Leaving Certificate Examination, 1905
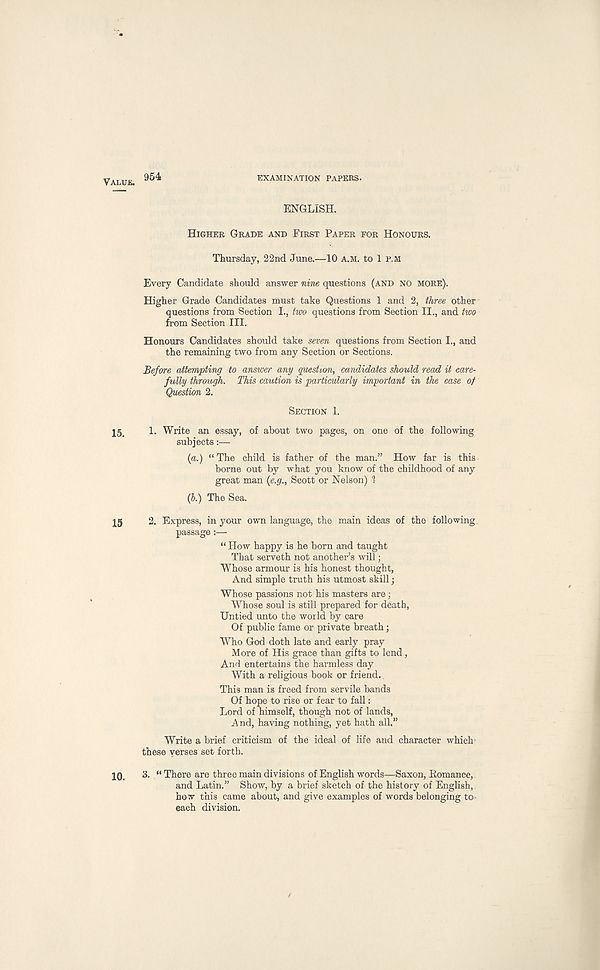
VALUE.
954
EXAMINATION PAPERS.
ENGLISH.
HIGHER GRADE AND FIRST PAPER FOR HONOURS.
Thursday, 22nd June.—10 A.M. to 1 P,M
Every Candidate should answer nine questions (AND NO MORE).
Higher Grade Candidates must take Questions 1 and 2, three other
questions from Section I., two questions from Section II., and two
from Section III.
Honours Candidates should take seven questions from Section I., and
the remaining two from any Section or Sections.
Before attempting to answer any question, candidates should read it care-
fully through. This caution is particularly important in the case of
Question 2.
SECTION 1.
15'
1. Write an essay, of about two pages, on one of the following
subjects:—
(a.) “The child is father of the man.” How far is this
borne out by what you know of the childhood of any
great man (e.g., Scott or Nelson) 1
(b.) The Sea.
15
2. Express, in your own language, the main ideas of the following,
passage:—
“ How happy is he born and taught
That serveth not another’s will;
Whose armour is his honest thought,
And simple truth his utmost skill;
Whose passions not his masters are;
Whose soul is still prepared for death,
Untied unto the world by care
Of public fame or private breath;
Who God doth late and early pray
M ore of His grace than gifts to lend,
And entertains the harmless day
With a religious book or friend..
This man is freed from servile bands
Of hope to rise or fear to fall:
Lord of himself, though not of lands,
And, having nothing, yet hath all,”
Write a brief criticism of the ideal of life and character which
these verses set forth.
10.
3. “ There are three main divisions of English words—Saxon, Eomance,
and Latin.” Show, by a brief sketch of the history of English,
how this came about, and give examples of words belonging to-
each division.